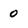
Character: 0